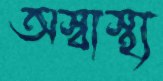
অস্বাস্থ্য